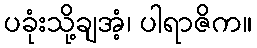
ပခုံးသို့ချအံ့၊ ပါရာဇိက။